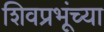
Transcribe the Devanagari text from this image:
शिवप्रभूंच्या